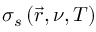
\sigma _ { s } \left( \vec { r } , \nu , T \right)